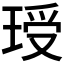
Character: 𮴣